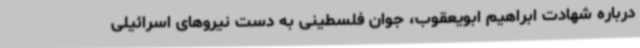
درباره شهادت ابراهیم ابویعقوب، جوان فلسطینی به دست نیروهای اسرائیلی